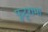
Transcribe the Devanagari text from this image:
फुटूरामा